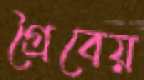
গ্রৈবেয়